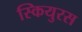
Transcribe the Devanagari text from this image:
स्कियुरस